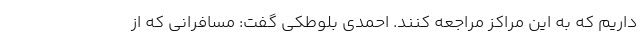
داریم که به این مراکز مراجعه کنند. احمدی بلوطکی گفت: مسافرانی که از